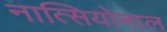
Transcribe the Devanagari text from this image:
नात्सियोनाल